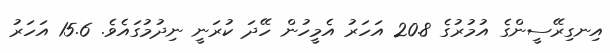
އިނގިރޭސީންގެ އުމުރުގެ 20.8 އަހަރު އެމީހުން ހޭދަ ކުރަނީ ނިދުމުގައެވެ. 15.6 އަހަރު